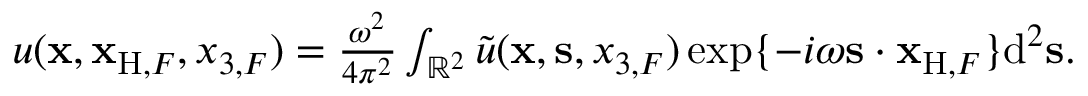
\begin{array} { r l r } & { } & { u ( { { \bf x } } , { \bf x } _ { \mathrm { H } , F } , x _ { 3 , F } ) = \frac { \omega ^ { 2 } } { 4 \pi ^ { 2 } } \int _ { { \mathbb { R } } ^ { 2 } } \tilde { u } ( { { \bf x } } , { { \bf s } } , x _ { 3 , F } ) \exp \{ - i \omega { { \bf s } } \cdot { \bf x } _ { \mathrm { H } , F } \} \mathrm { d } ^ { 2 } { \bf s } . } \end{array}